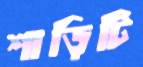
শাড়িটি